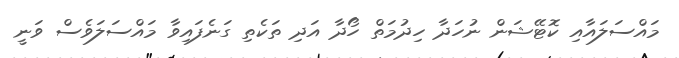
މައްސަލައާއި ކޮޓޭޝަން ނުހަދާ ހިދުމަތް ހޯދާ އަދި ތަކެތި ގަނެފައިވާ މައްސަލަވެސް ވަނީ